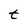
Character: t